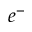
e ^ { - }